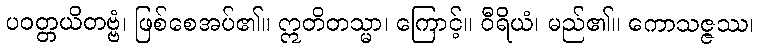
ပဝတ္တယိတဗ္ဗံ၊ ဖြစ်စေအပ်၏။ ဣတိတသ္မာ၊ ကြောင့်။ ဝီရိယံ၊ မည်၏။ ကောသဇ္ဇဿ၊